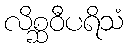
လိစ္ဆဝီပရိသံ